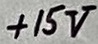
Text: +15V